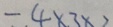
- 4 \times 3 \times 2